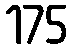
175